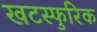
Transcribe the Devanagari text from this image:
खटस्फुरिक